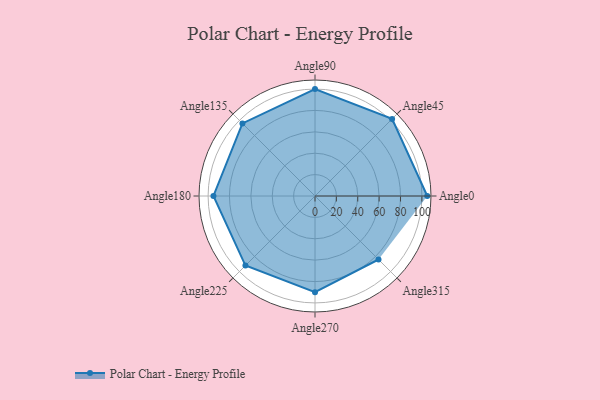
{"axis": {"x": "Angle", "y": "Radius"}, "legend": [""], "data": [{"x": "Angle0", "y": 105.0, "type": ""}, {"x": "Angle45", "y": 102.0, "type": ""}, {"x": "Angle90", "y": 100.0, "type": ""}, {"x": "Angle135", "y": 96.0, "type": ""}, {"x": "Angle180", "y": 95.0, "type": ""}, {"x": "Angle225", "y": 92.0, "type": ""}, {"x": "Angle270", "y": 90.0, "type": ""}, {"x": "Angle315", "y": 84.0, "type": ""}]}